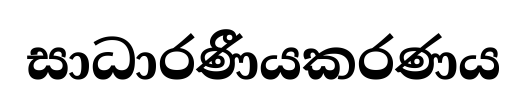
සාධාරණීයකරණය